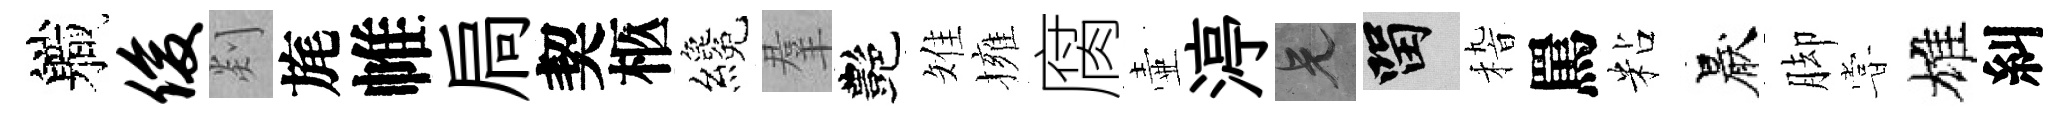
軄俊剡旄帷扃契柩纔羣艷雉擁腐壷渟兄留𥟵罵粘厭脚甞雄糾